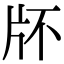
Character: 𤖯